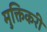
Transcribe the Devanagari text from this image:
मुक्तिकरी